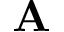
{ \bf A }